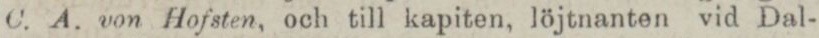
C. A. von Hofsten, och till kapiten, löjtnanten vid Dal-